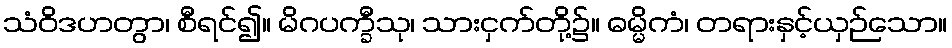
သံဝိဒဟတွာ၊ စီရင်၍။ မိဂပက္ခီသု၊ သားငှက်တို့၌။ ဓမ္မိကံ၊ တရားနှင့်ယှဉ်သော။